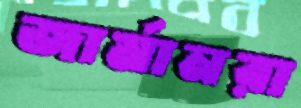
জার্মানরা